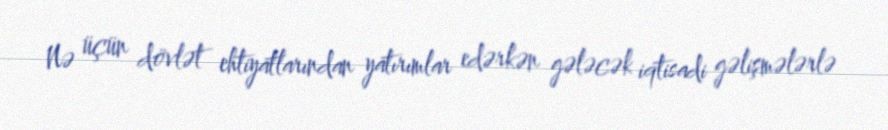
Nə üçün dövlət ehtiyatlarından yatırımlar edərkən gələcək iqtisadi gəlişmələrlə